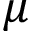
\mu